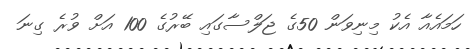
ހަމައެއާ އެކު މިނިވަން 50ގެ ޖަލްސާގައި ބޭރުގެ 100 އަށް ވުރެ ގިނަ